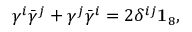
\gamma ^ { i } \bar { \gamma } ^ { j } + \gamma ^ { j } \bar { \gamma } ^ { i } = 2 \delta ^ { i j } { \bf 1 } _ { 8 } ,